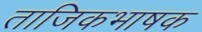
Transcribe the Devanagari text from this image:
ताजिकभाषक